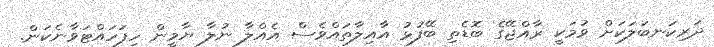
ދަރިކަނބަލަކަށް ވުމަކީ ރާއްޖޭގެ ބޮޑެތި ބޭފުޅު އާއިލާތައްވެސް އެއްލާ ނުލާ ޔާމީން ހިފަހައްޓަވާނެކަން.